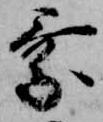
乗